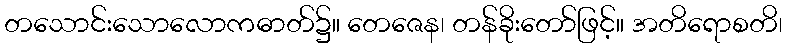
တသောင်းသောလောကဓာတ်၌။ တေဇေန၊ တန်ခိုးတော်ဖြင့်။ အတိရောစတိ၊